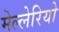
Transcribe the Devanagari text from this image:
मेल्लेरियो